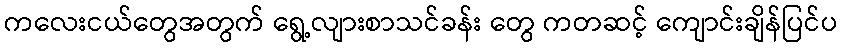
ကလေးငယ်တွေအတွက် ရွေ့လျားစာသင်ခန်း တွေ ကတဆင့် ကျောင်းချိန်ပြင်ပ